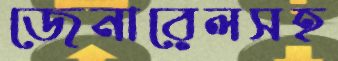
জেনারেলসহ